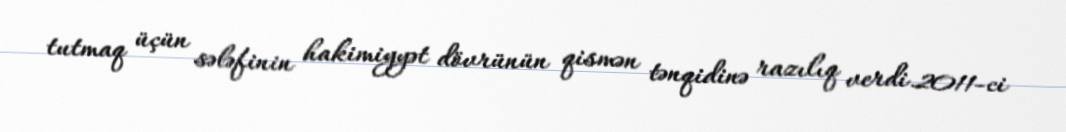
tutmaq üçün sələfinin hakimiyyət dövrünün qismən tənqidinə razılıq verdi.2011-ci